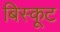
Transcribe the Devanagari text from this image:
बिस्कूट